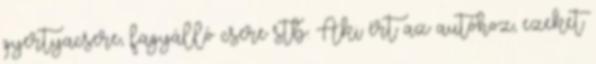
gyertyacsere, fagyálló csere stb. Aki ért az autóhoz, ezeket